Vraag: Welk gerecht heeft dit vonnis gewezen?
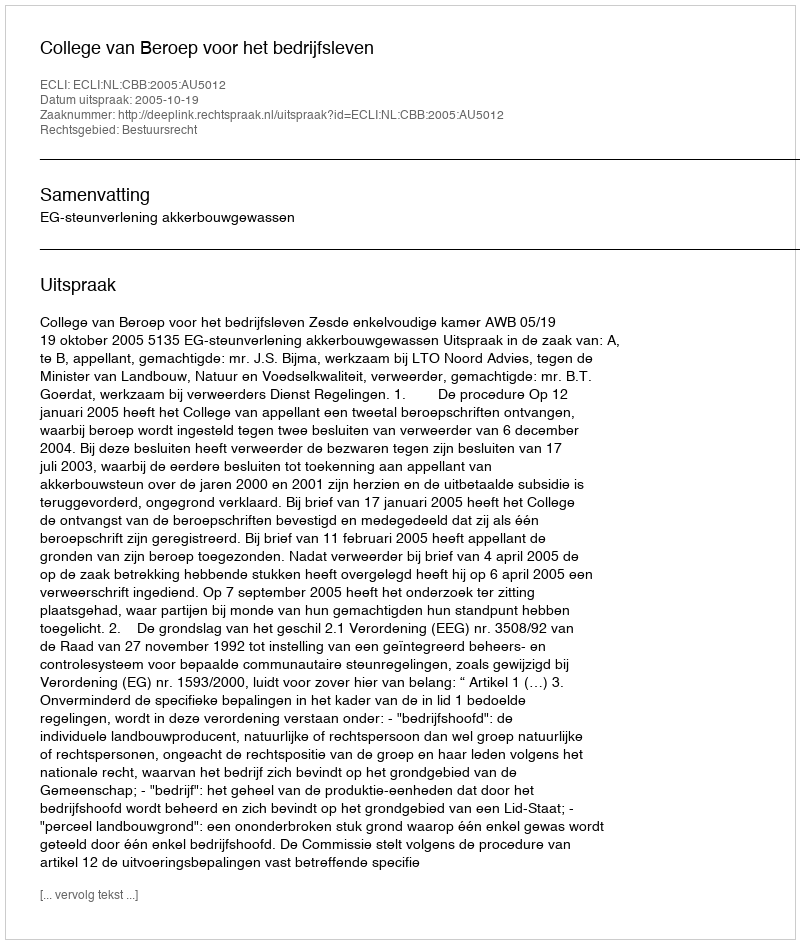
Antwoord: College van Beroep voor het bedrijfsleven